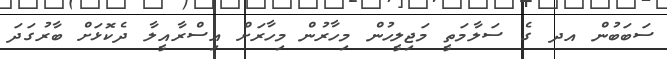
ސަބަބުން އދ ގެ ސަލާމަތީ މަޖިލީހުން މިހާރުން މިިހާރަށް އިސްރާއީލާ ދެކޮޅަށް ބާރުގަދަ